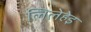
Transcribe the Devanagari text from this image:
लिलेहेइ